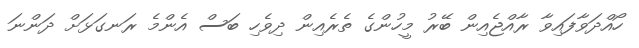
ހޯއްދަވާފައިވާ ރާއްޖެއިން ބޭރު މީހުންގެ ތެރެއިން ދިވެހި ބަސް އެންމެ ރަނގަޅަށް ދަންނަ